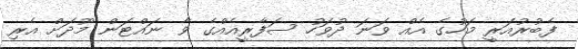
ފެބުރުއަރީ މަހުގެ އެއް ވަނަ ދުވަހު ސަފާރީއެއްގެ ވާ ނައްޓަން މޫދަށް އެރި